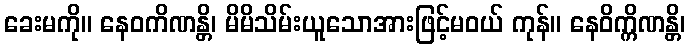
ခေးမကို။ နေဝကိဏန္တိ၊ မိမိသိမ်းယူသောအားဖြင့်မဝယ် ကုန်။ နေဝိက္ကိဏန္တိ၊